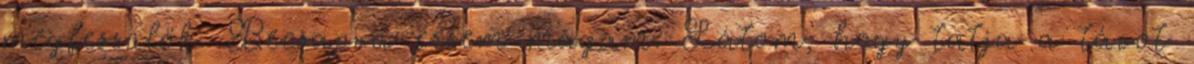
megfeszülök. Becsapva érzem magam. Látom, hogy tatja a távot